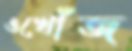
ওখোঁজ